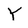
Character: Y